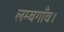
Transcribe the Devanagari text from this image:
लम्बगाँव।